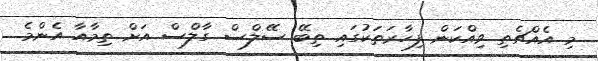
މި އެއްޗެތި ވިއްކަން ފިހާރަތަކުގައި ތިބޭ ސޭލްސް ގާލްސް އަށް ތިމާއާ އެންމެ